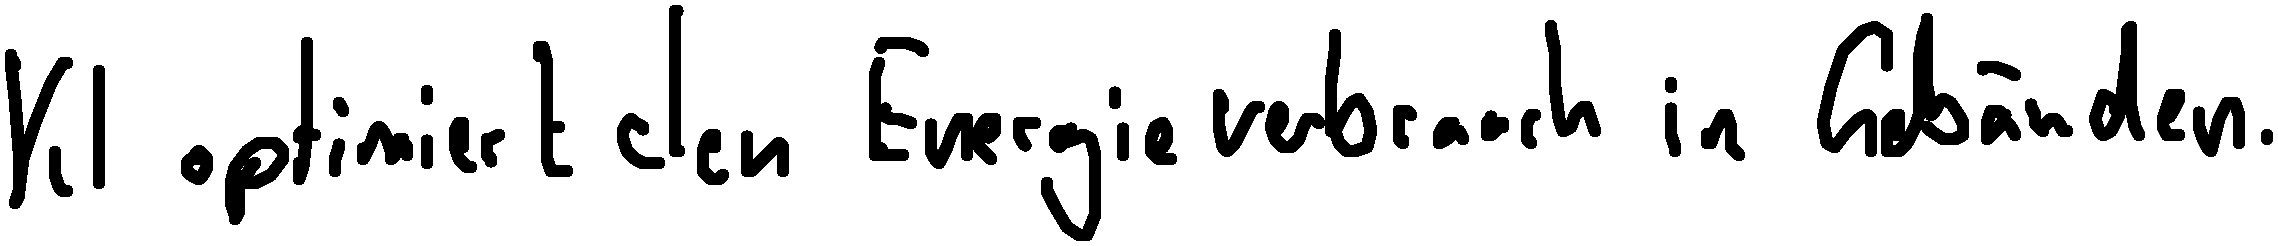
KI optimiert den Energieverbrauch in Gebäuden.